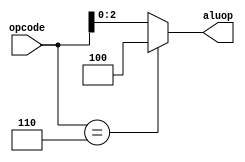
`timescale 1ns / 1ps
//////////////////////////////////////////////////////////////////////////////////
// Company: 
// Engineer: 
// 
// Design Name: 
// Module Name:    ALUOpControl 
// Project Name: 
// Target Devices: 
// Tool versions: 
// Description: 
//
// Dependencies: 
//
// Revision: 
// Revision 0.01 - File Created
// Additional Comments: 
//
//////////////////////////////////////////////////////////////////////////////////
module ALUOpControl(opcode,aluop);
	input wire [3:0] opcode;
	output wire [2:0] aluop;
	
	assign aluop = (opcode == 4'b0110)?3'b100:opcode[2:0];

endmodule